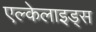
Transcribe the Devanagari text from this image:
एल्केलाइड्स